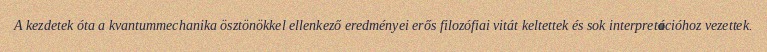
A kezdetek óta a kvantummechanika ösztönökkel ellenkező eredményei erős filozófiai vitát keltettek és sok interpretációhoz vezettek.